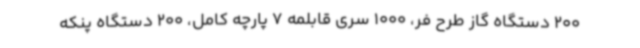
200 دستگاه گاز طرح فر، 1000 سری قابلمه 7 پارچه کامل، 200 دستگاه پنکه